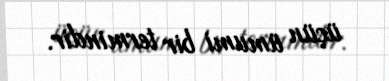
üçün ümumi bir termindir.